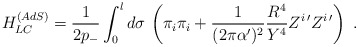
\begin{align*} H_{LC}^{(AdS)}= \frac{1}{2 p_-}\int_0^l d\sigma \, \left( \pi_i \pi_i + \frac{1}{(2\pi\alpha')^2} \frac{R^4}{Y^4} Z^{i\,\prime} Z^{i\,\prime} \right)\ .\end{align*}